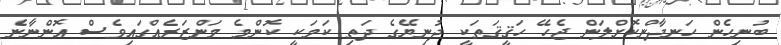
ބުނިހެން ހަނދާންކޮށްލަން ޖެހޭ ހަޤީޤަތަކީ ދުނިޔޭގެ ދަތި ކަމަކީ ކޮންމެ މަންޒަރެއްގައިވެސް އޮންނާނެ